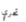
تحري